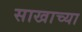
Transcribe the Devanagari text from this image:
साखाच्या